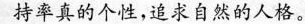
持率真的个性，追求自然的人格。